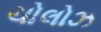
ચોલોઝ